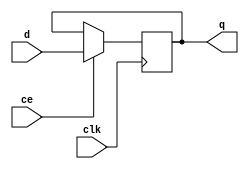
`timescale 1ns / 1ps
//////////////////////////////////////////////////////////////////////////////////
// Company: 
// Engineer: 
// 
// Design Name: 
// Module Name:    register 
// Project Name: 
// Target Devices: 
// Tool versions: 
// Description: 
//
// Dependencies: 
//
// Revision: 
// Revision 0.01 - File Created
// Additional Comments: 
//
//////////////////////////////////////////////////////////////////////////////////
module register
(
	input clk,
	input ce,
	input [7:0] d,
	output [7:0] q
);
reg [7:0] val = 0;

always @(posedge clk)
begin
	if(ce) val <= d;
	else val <= val;
end

assign q = val;

endmodule